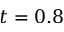
t = 0 . 8